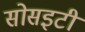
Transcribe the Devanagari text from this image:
सोसइटी